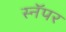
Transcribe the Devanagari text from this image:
स्नॅपर